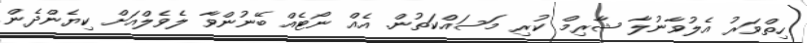
ހިތްވަރު އެލުވާނުލާ ޝާރިމް ކުރި މަސައްކަތުން. އެއް ނޯޓެއް ބޭނުންވާ ލެވެލްއަށް ކިޔެންދެން